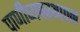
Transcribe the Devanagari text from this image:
पाणीव्यवस्थापन